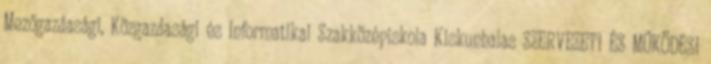
Mezőgazdasági, Közgazdasági és Informatikai Szakközépiskola Kiskunhalas SZERVEZETI ÉS MŰKÖDÉSI